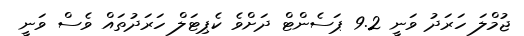
ޖުމްލަ ހަރަދު ވަނީ 9.2 ޕަސެންޓް ދަށްވެ ކެޕިޓަލް ހަރަދުތައް ވެސް ވަނީ